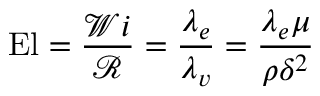
\mathrm { E l } = \frac { \mathcal { W } i } { \mathcal { R } } = \frac { \lambda _ { e } } { \lambda _ { v } } = \frac { \lambda _ { e } \mu } { \rho \delta ^ { 2 } }